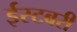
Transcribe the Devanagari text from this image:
ईस्टबरी